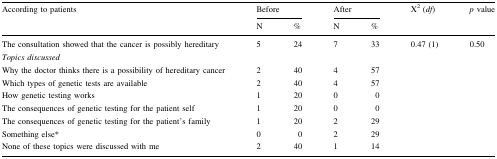
<table><thead><tr><td rowspan="2"><b>According to patients</b></td><td colspan="2"><b>Before</b></td><td colspan="2"><b>After</b></td><td rowspan="2"><b>Χ<sup>2</sup> (<i>df</i>)</b></td><td rowspan="2"><b><i>p</i> value</b></td></tr><tr><td><b>N</b></td><td><b>%</b></td><td><b>N</b></td><td><b>%</b></td></tr></thead><tbody><tr><td>The consultation showed that the cancer is possibly hereditary</td><td>5</td><td>24</td><td>7</td><td>33</td><td>0.47 (1)</td><td>0.50</td></tr><tr><td><i>Topics discussed</i></td><td></td><td></td><td></td><td></td><td></td><td></td></tr><tr><td>Why the doctor thinks there is a possibility of hereditary cancer</td><td>2</td><td>40</td><td>4</td><td>57</td><td></td><td></td></tr><tr><td>Which types of genetic tests are available</td><td>2</td><td>40</td><td>4</td><td>57</td><td></td><td></td></tr><tr><td>How genetic testing works</td><td>1</td><td>20</td><td>0</td><td>0</td><td></td><td></td></tr><tr><td>The consequences of genetic testing for the patient self</td><td>1</td><td>20</td><td>0</td><td>0</td><td></td><td></td></tr><tr><td>The consequences of genetic testing for the patient’s family</td><td>1</td><td>20</td><td>2</td><td>29</td><td></td><td></td></tr><tr><td>Something else*</td><td>0</td><td>0</td><td>2</td><td>29</td><td></td><td></td></tr><tr><td>None of these topics were discussed with me</td><td>2</td><td>40</td><td>1</td><td>14</td><td></td><td></td></tr></tbody></table>